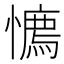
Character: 𢢘